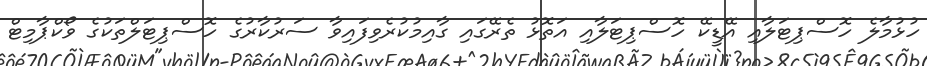
ހުޅުމާލެ ހޮސްޕިޓަލާއި އޭޑީކޭ ހޮސްޕިޓަލާއި އަތޮޅު ތެރޭގައި ގާއިމުކުރެވިފައިވާ ސަރުކާރުގެ ހޮސްޕިޓަލްތަކުގެ ވޯކްޕާމިޓް